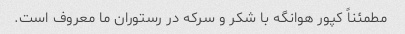
مطمئناً کپور هوانگه با شکر و سرکه در رستوران ما معروف است.